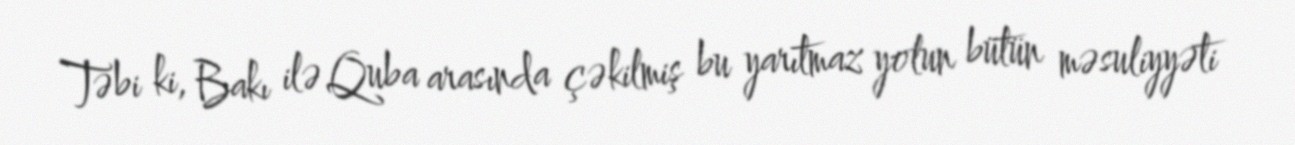
Təbi ki, Bakı ilə Quba arasında çəkilmiş bu yarıtmaz yolun bütün məsuliyyəti